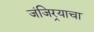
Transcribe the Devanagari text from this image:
जंजिर्‍याचा